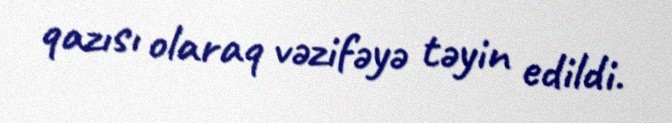
qazısı olaraq vəzifəyə təyin edildi.